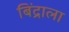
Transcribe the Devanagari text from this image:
बिंद्राला